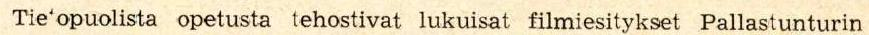
opetteli Helsingin henkilökunta maaliskuussa pidetyillä hiihtokursseilla.